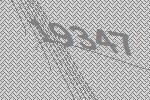
19347